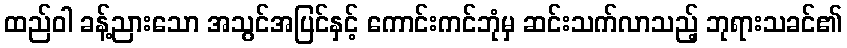
ထည်ဝါ ခန့်ညားသော အသွင်အပြင်နှင့် ကောင်းကင်ဘုံမှ ဆင်းသက်လာသည့် ဘုရားသခင်၏